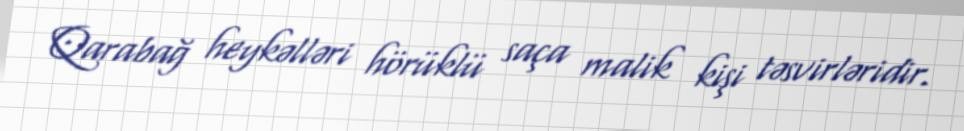
Qarabağ heykəlləri hörüklü saça malik kişi təsvirləridir.